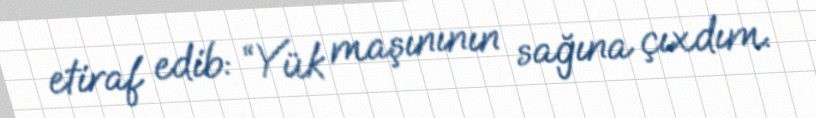
etiraf edib: “Yük maşınının sağına çıxdım.